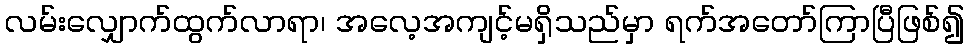
လမ်းလျှောက်ထွက်လာရာ၊ အလေ့အကျင့်မရှိသည်မှာ ရက်အတော်ကြာပြီဖြစ်၍